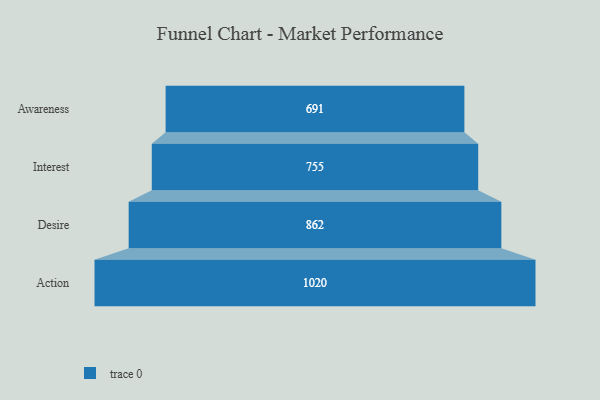
{"axis": {"x": "Stage", "y": "Value"}, "legend": [""], "data": [{"x": "Awareness", "y": 691.0, "type": ""}, {"x": "Interest", "y": 755.0, "type": ""}, {"x": "Desire", "y": 862.0, "type": ""}, {"x": "Action", "y": 1020.0, "type": ""}]}